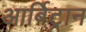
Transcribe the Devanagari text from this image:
आर्बिट्रान